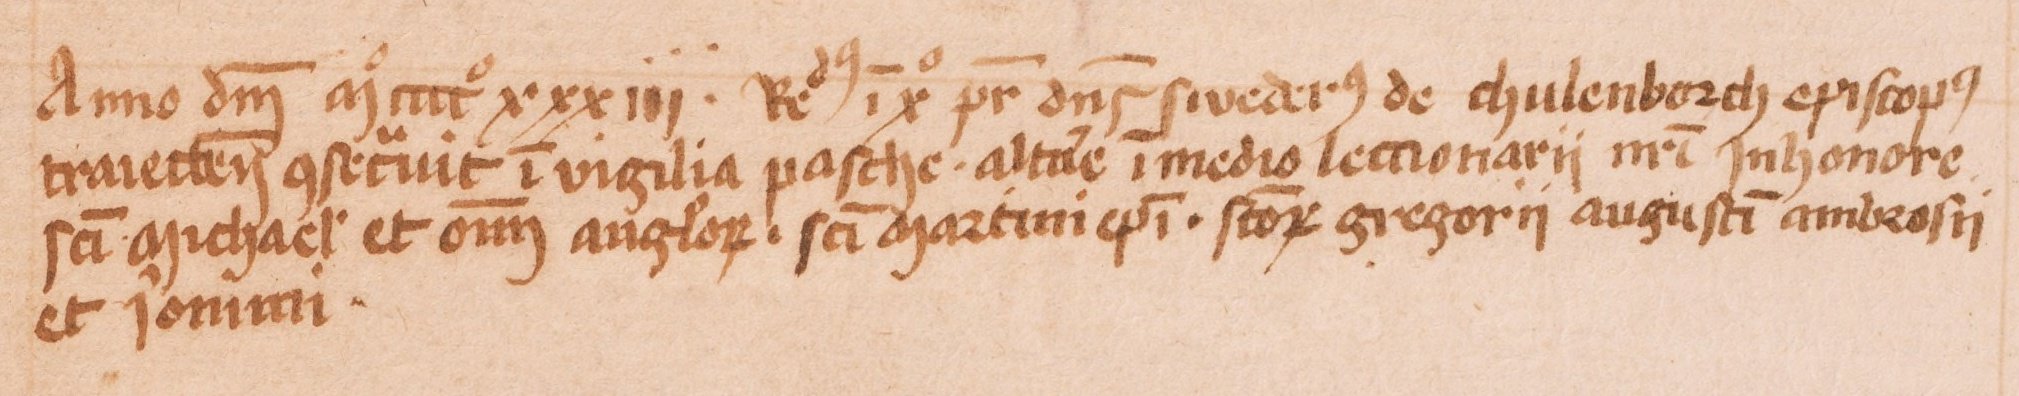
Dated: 1430–1520